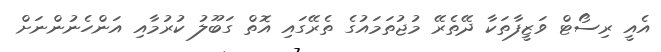
އެއީ ރިސޯޓް ވަޒީފާތަކާ ދޭތެރޭ މުޖުތަމައުގެ ތެރޭގައި އޮތް ގަބޫލު ކުރުމާއި އަންހެނުންނަށް